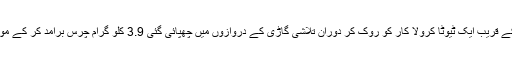
دسویں کاروائی کے دوران اے این ایف راولپنڈی نے گولڑہ موڑ کشمیر ہائی وے، اسلا آباد کے قریب ایک ٹیوٹا کرولا کار کو روک کر دوران تلاشی گاڑی کے دروازوں میں چھپائی گئی 3.9 کلو گرام چرس برآمد کر کے موقع پر موجود اسلام آباد کے رہائشی فرقان علی اور کامران نامی 2 ملزمان کو گرفتار کر لیا۔